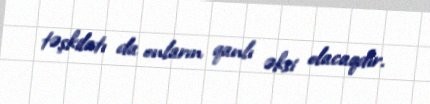
təşkilatı da onların qanlı əksi olacaqdır.